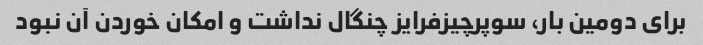
برای دومین بار، سوپرچیزفرایز چنگال نداشت و امکان خوردن آن نبود